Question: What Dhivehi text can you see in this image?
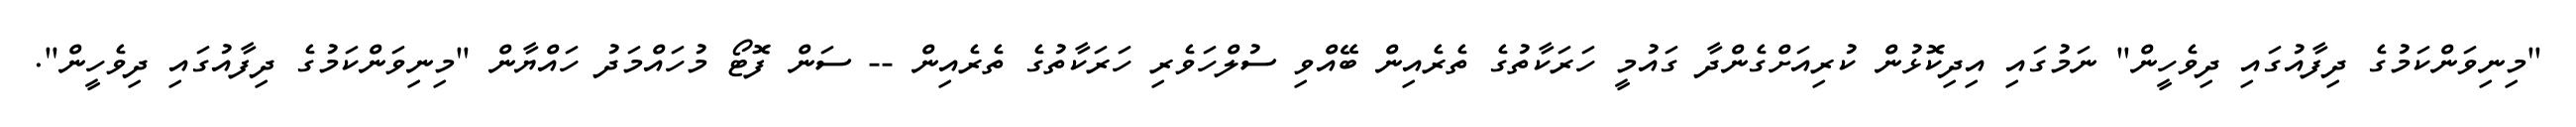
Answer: "މިނިވަންކަމުގެ ދިފާއުގައި ދިވެހީން" ނަމުގައި އިދިކޮޅުން ކުރިއަށްގެންދާ ގައުމީ ހަރަކާތުގެ ތެރެއިން ބޭއްވި ސުލްހަވެރި ހަރަކާތުގެ ތެރެއިން -- ސަން ފޮޓޯ މުހައްމަދު ހައްޔާން "މިނިވަންކަމުގެ ދިފާއުގައި ދިވެހީން".